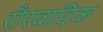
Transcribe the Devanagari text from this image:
रौरवादिक